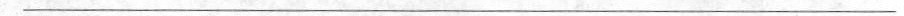
___